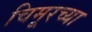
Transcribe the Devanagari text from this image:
चिमूरच्या